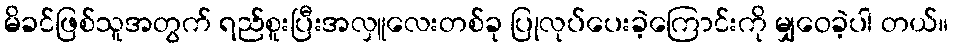
မိခင်ဖြစ်သူအတွက် ရည်စူးပြီးအလှူလေးတစ်ခု ပြုလုပ်ပေးခဲ့ကြောင်းကို မျှဝေခဲ့ပါ တယ်။